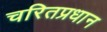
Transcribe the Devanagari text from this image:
चरितप्रधान